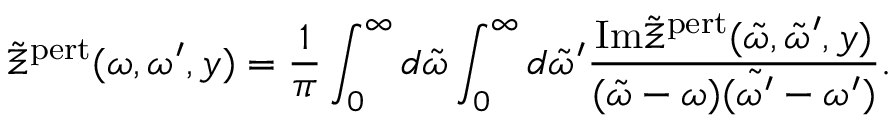
\tilde { \Xi } ^ { \mathrm { p e r t } } ( \omega , \omega ^ { \prime } , y ) = \frac { 1 } { \pi } \int _ { 0 } ^ { \infty } d \tilde { \omega } \int _ { 0 } ^ { \infty } d \tilde { \omega } ^ { \prime } \frac { \mathrm { I m } \tilde { \Xi } ^ { \mathrm { p e r t } } ( \tilde { \omega } , \tilde { \omega } ^ { \prime } , y ) } { ( \tilde { \omega } - \omega ) ( \tilde { \omega ^ { \prime } } - \omega ^ { \prime } ) } .